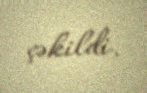
çəkildi.